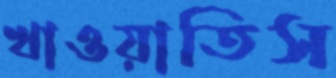
খাওয়াতিস